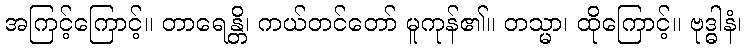
အကြင့်ကြောင့်။ တာရေန္တိ၊ ကယ်တင်တော် မူကုန်၏။ တသ္မာ၊ ထိုကြောင့်။ ဗုဒ္ဓါနံ၊